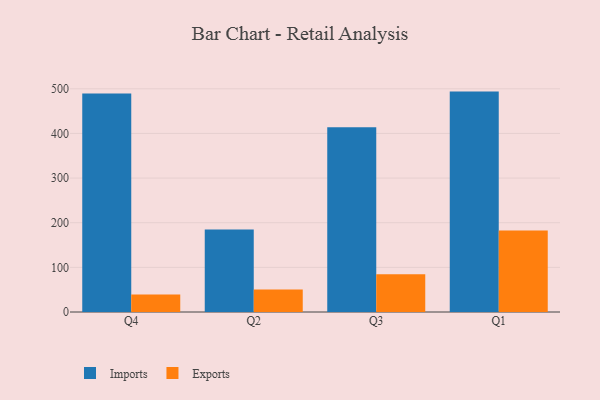
{"axis": {"x": "Quarter", "y": "Population (Million)"}, "legend": ["Exports", "Imports"], "data": [{"x": "Q4", "y": 489.6, "type": "Imports"}, {"x": "Q4", "y": 39.3, "type": "Exports"}, {"x": "Q2", "y": 185.0, "type": "Imports"}, {"x": "Q2", "y": 50.5, "type": "Exports"}, {"x": "Q3", "y": 413.8, "type": "Imports"}, {"x": "Q3", "y": 84.4, "type": "Exports"}, {"x": "Q1", "y": 493.7, "type": "Imports"}, {"x": "Q1", "y": 182.4, "type": "Exports"}]}